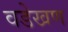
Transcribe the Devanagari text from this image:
वडेखण